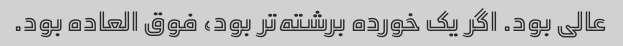
عالی بود. اگر یک خورده برشته‌تر بود، فوق العاده بود.